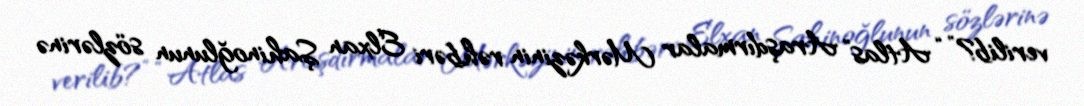
verilib?” “Atlas” Araşdırmalar Mərkəzinin rəhbəri Elxan Şahinoğlunun sözlərinə